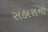
સહારાનો